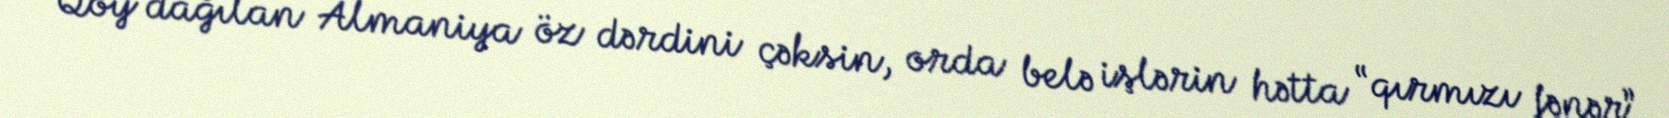
Qoy dağılan Almaniya öz dərdini çəksin, orda belə işlərin hətta “qırmızı fənər”